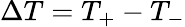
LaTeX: \Delta T=T_{+}-T_{-}